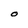
Character: O